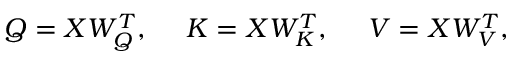
Q = X W _ { Q } ^ { T } , \ \ \ \ K = X W _ { K } ^ { T } , \ \ \ \ V = X W _ { V } ^ { T } ,